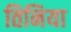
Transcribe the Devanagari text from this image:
तिनिया